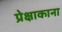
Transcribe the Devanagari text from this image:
प्रेक्षाकाना